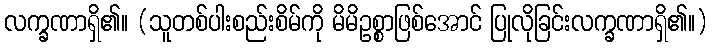
လက္ခဏာရှိ၏။ (သူတစ်ပါးစည်းစိမ်ကို မိမိဥစ္စာဖြစ်အောင် ပြုလိုခြင်းလက္ခဏာရှိ၏။)